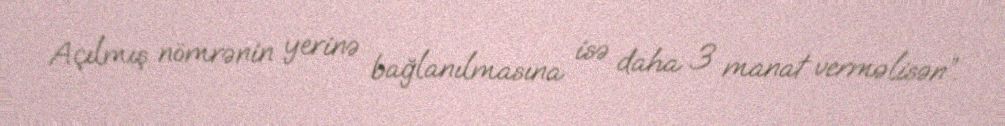
Açılmış nömrənin yerinə bağlanılmasına isə daha 3 manat verməlisən”.